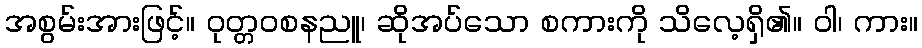
အစွမ်းအားဖြင့်။ ဝုတ္တဝစနညူ၊ ဆိုအပ်သော စကားကို သိလေ့ရှိ၏။ ဝါ၊ ကား။